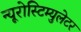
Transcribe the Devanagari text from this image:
न्यूरोस्टिम्युलेटर